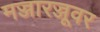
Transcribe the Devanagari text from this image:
मज्जारज्जूवर